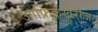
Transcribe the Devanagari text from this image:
आफ्रिकेखेरीज